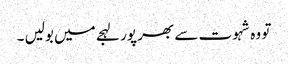
تو وہ شہوت سے بھر پور لہجے میں بولیں ۔